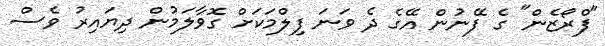
"ފްރޯޒެން" ގެ ފޭނުން އޭގެ ދެ ވަނަ ފިލްމަކަށް ގޮވާލަމުން ދިޔައިރު ވެސް